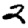
Digit: 2